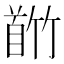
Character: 𬳕